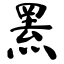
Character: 罴